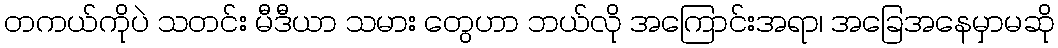
တကယ်ကိုပဲ သတင်း မီဒီယာ သမား တွေဟာ ဘယ်လို အကြောင်းအရာ၊ အခြေအနေမှာမဆို